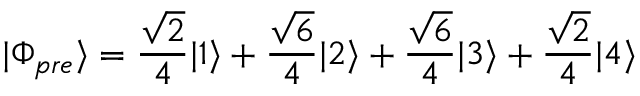
| \Phi _ { p r e } \rangle = \frac { \sqrt { 2 } } { 4 } | 1 \rangle + \frac { \sqrt { 6 } } { 4 } | 2 \rangle + \frac { \sqrt { 6 } } { 4 } | 3 \rangle + \frac { \sqrt { 2 } } { 4 } | 4 \rangle